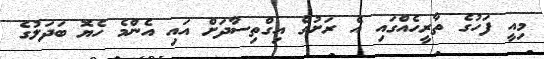
މިއީ ފަހުގެ ތާރީހެއްގައި އެ ރަށުގެ އިގްތިސާދަށް އައި އެންމެ ހެޔޮ ބަދަލުގެ